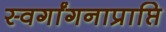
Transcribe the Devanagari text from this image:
स्वर्गांगनाप्राप्ति